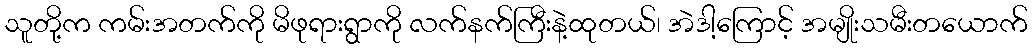
သူတို့က ကမ်းအတက်ကို မိဖုရားရွာကို လက်နက်ကြီးနဲ့ထုတယ်၊ အဲဒါ့ကြောင့် အမျိုးသမီးတယောက်